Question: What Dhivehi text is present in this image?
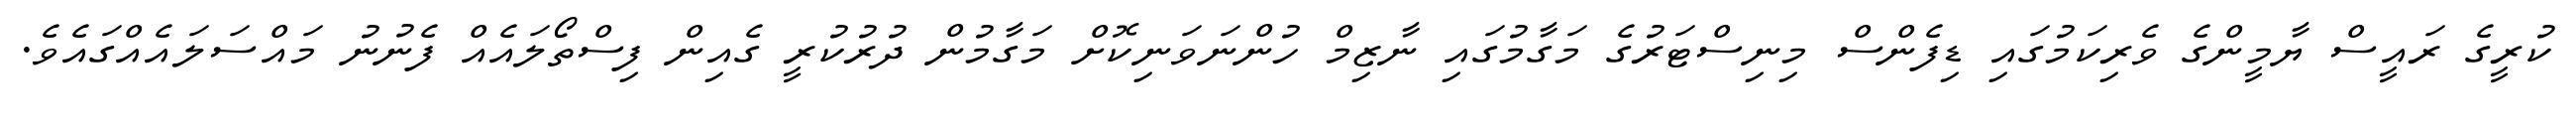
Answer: ކުރީގެ ރައީސް ޔާމީންގެ ވެރިކަމުގައި ޑިފެންސް މިނިސްޓަރުގެ މަގާމުގައި ނާޒިމް ހުންނަވަނިކޮށް މަގާމުން ދުރުކުރީ ގެއިން ފިސްތޯލައެއް ފެނުނު މައްސަލައެއްގައެވެ.